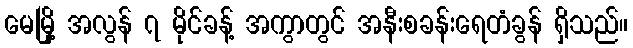
မေမြို့ အလွန် ၇ မိုင်ခန့် အကွာတွင် အနီးစခန်းရေတံခွန် ရှိသည်။